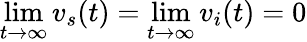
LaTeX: \operatorname*{lim}_{t\to\infty}v_{s}(t)=\operatorname*{lim}_{t\to\infty}v_{i}(t)=0